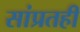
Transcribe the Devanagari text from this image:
सांप्रतही